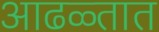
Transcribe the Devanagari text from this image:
आढळ्तात